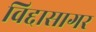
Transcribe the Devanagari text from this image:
विद्दासागर